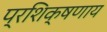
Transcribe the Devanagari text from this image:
प्रशिक्षणाय